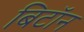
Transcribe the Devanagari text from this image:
बिटॉन